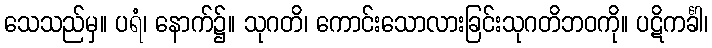
သေသည်မှ။ ပရံ၊ နောက်၌။ သုဂတိ၊ ကောင်းသောလားခြင်းသုဂတိဘဝကို။ ပဋိကင်္ခါ၊